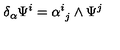
\delta _ { \alpha } \Psi ^ { i } = \alpha _ { \ j } ^ { i } \wedge \Psi ^ { j }